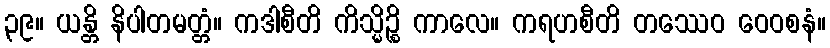
၃၉။ ယန္တိ နိပါတမတ္တံ။ ကဒါစီတိ ကိသ္မိဉ္စိ ကာလေ။ ကရဟစီတိ တဿေဝ ဝေဝစနံ။